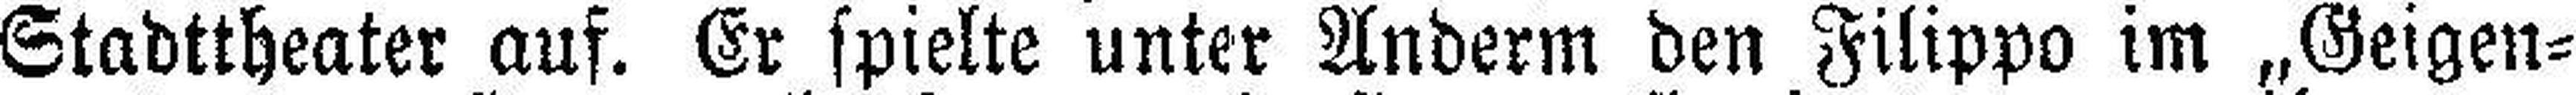
Stadttheater auf. Er spielte unter Anderm den Filippo im „Geigen¬